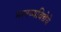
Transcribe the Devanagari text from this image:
मानव्यविद्येचे